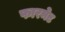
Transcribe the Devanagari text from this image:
फारमेट